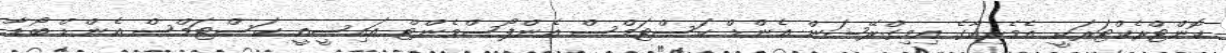
ކޮންޓްރެކްޓަރަކީ އެމެރިކާގެ އިމިގްރޭޝަން އެންޑް ކަސްޓަމްސް އެންފޯސްމެންޓް އައިސީއީ ކަސްޓަމްސް އެންޑް ބޯޑާ